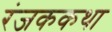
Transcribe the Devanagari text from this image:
रंजककथा